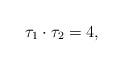
LaTeX: \begin{align*} \tau_1 \cdot \tau_2 &= 4,\end{align*}